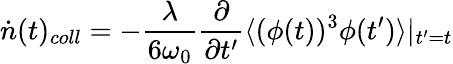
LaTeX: \dot{n}(t)_{coll}=-\frac{\lambda}{6\omega_{0}}\frac{\partial}{\partial t^{\prime}}\langle(\phi(t))^{3}\phi(t^{\prime})\rangle|_{t^{\prime}=t}